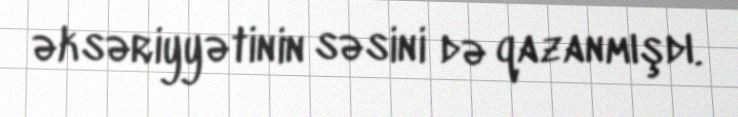
əksəriyyətinin səsini də qazanmışdı.